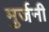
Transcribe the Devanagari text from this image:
मुर्जनी